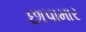
છાપામાર